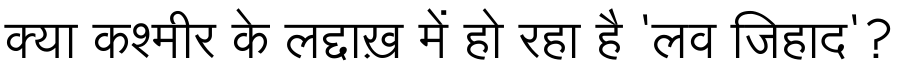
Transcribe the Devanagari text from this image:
क्या कश्मीर के लद्दाख़ में हो रहा है 'लव जिहाद'?